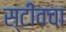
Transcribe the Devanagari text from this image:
स्टीवचा